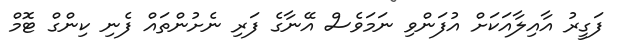
ފަގީރު އާއިލާއަކަށް އުފަންވި ނަމަވެސް އޭނާގެ ފަރި ނެށުންތައް ފެނި ކިންގް ޓޮމް